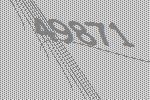
49871